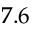
7 . 6